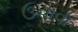
ઉનાવા